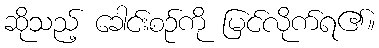
ဆိုသည့် ခေါင်းစဉ်ကို မြင်လိုက်ရ၏။